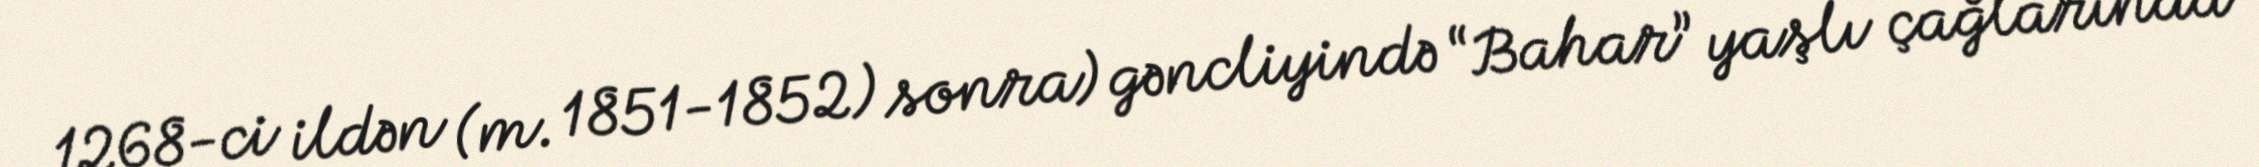
1268-ci ildən (m. 1851-1852) sonra) gəncliyində “Bahar” yaşlı çağlarında